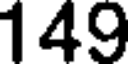
149